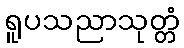
ရူပသညာသုတ္တံ